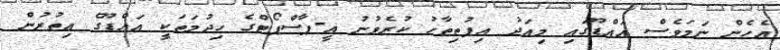
އެހެން ނަމަވެސް އައްޑޫގައި މިއަދު އިފުތިތާހު ކުރެވުނު އީ-ޕާސްޕޯޓްގެ ހިދުމަތަކީ އައްޑޫގެ އިތުރުން